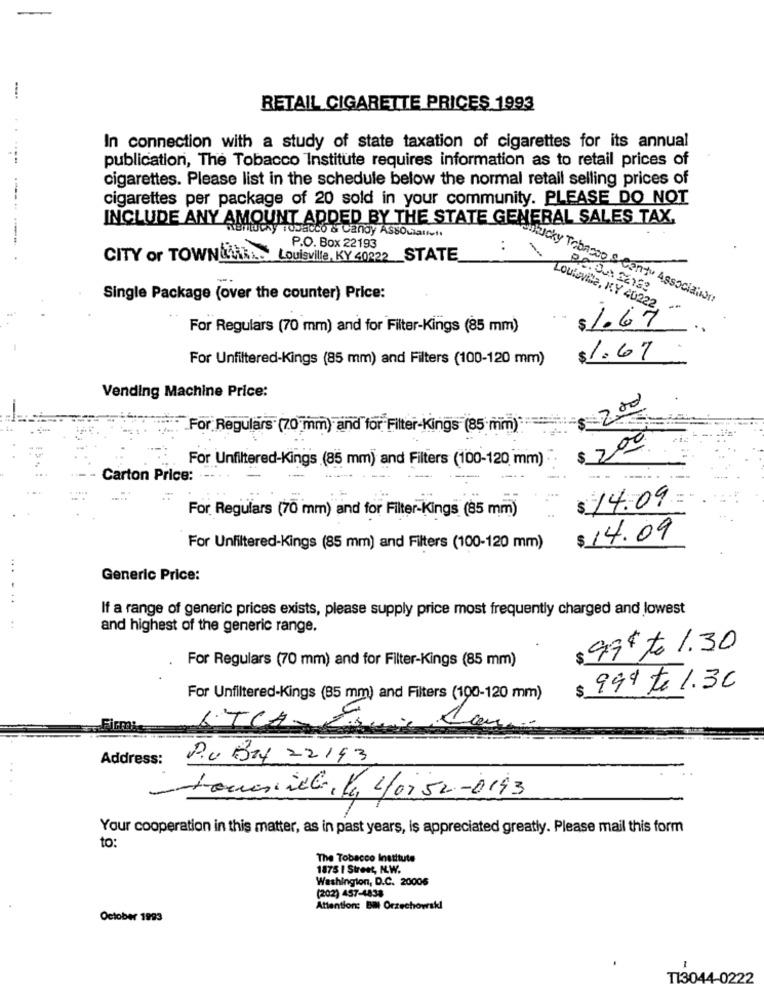
-
RETAIL CIGARETTE PRICES 1993
In connection with a study of state taxation of cigarettes for its annual
publication, The Tobacco Institute requires information as to retail prices of
cigarettes. Please list in the schedule below the normal retail selling prices of
cigarettes per package of 20 sold in your community. PLEASE DO NOT
INCLUDE ANY AMOUNT ADDED BY THE STATE GENERAL SALES TAX.
tuthy rosacco & Candy ASsocial
P.O. Box 22193
:
CITY or TOWN&SARL. Louisville, KY 40222
STATE
Single Package (over the counter) Price:
lucky Tabasco S Cantu Association
Loulevila, KY 40222,
For Regulars (70 mm) and for Filter-Kings (85 mm)
$1.67
For Unfiltered-Kings (85 mm) and Filters (100-120 mm)
$1.67
Vending Machine Price:
200
For Regulars (70 mm) and for Filter-Kings (85 mm)
$ 200
For Unfiltered-Kings (85 mm) and Filters (100-120 mm)
Carton Price:
$ 14.09
For Regulars (70 mm) and for Filter-Kings (85 mm)
$ 14.09
For Unfiltered-Kings (85 mm) and Filters (100-120 mm)
...
Generic Price:
If a range of generic prices exists, please supply price most frequently charged and lowest
and highest of the generic range.
$ 99€ to 1.30
For Regulars (70 mm) and for Filter-Kings (85 mm)
999 to 1.30
For Unfiltered-Kings (85 mm) and Filters (100-120 mm)
Firma
UTCA
Address:
P.u Bay 22143
tomasille , K, 4/0, 52-0143
Your cooperation in this matter, as in past years, is appreciated greatly. Please mail this form
to:
The Tobacco Institute
1875 I Street, N.W.
Washington, D.C. 20006
(202) 457-4838
Attention: BI Orzechowski
October 1993
.
T13044-0222